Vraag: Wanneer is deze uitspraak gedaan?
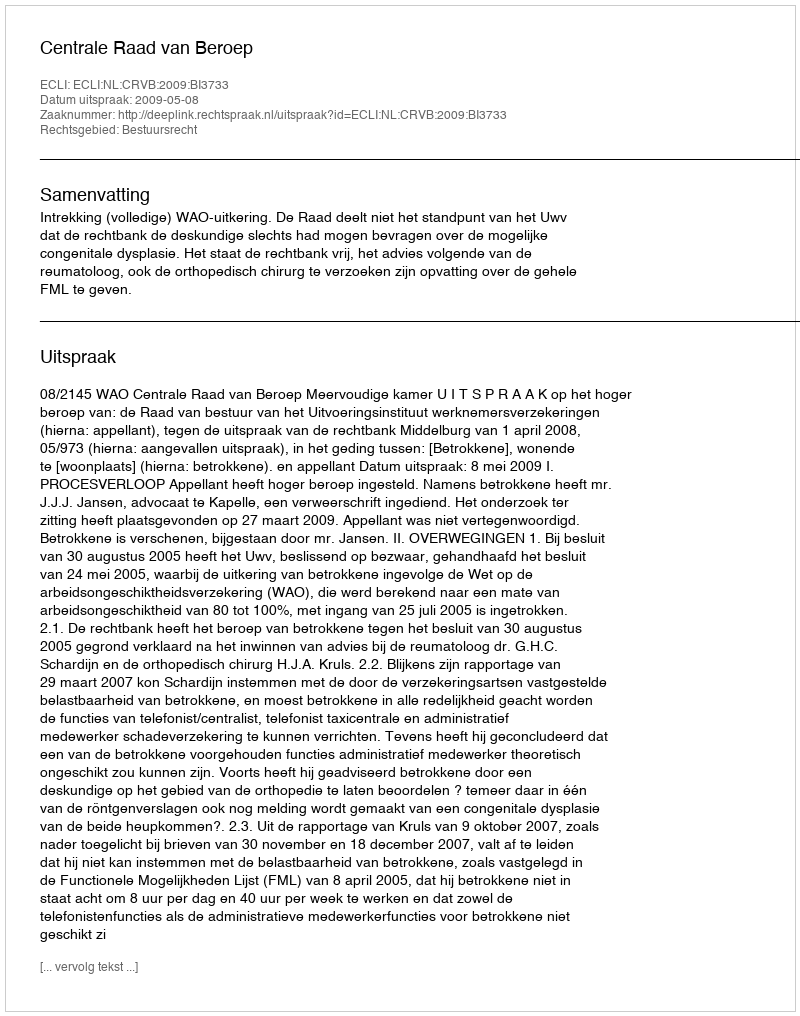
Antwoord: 2009-05-08